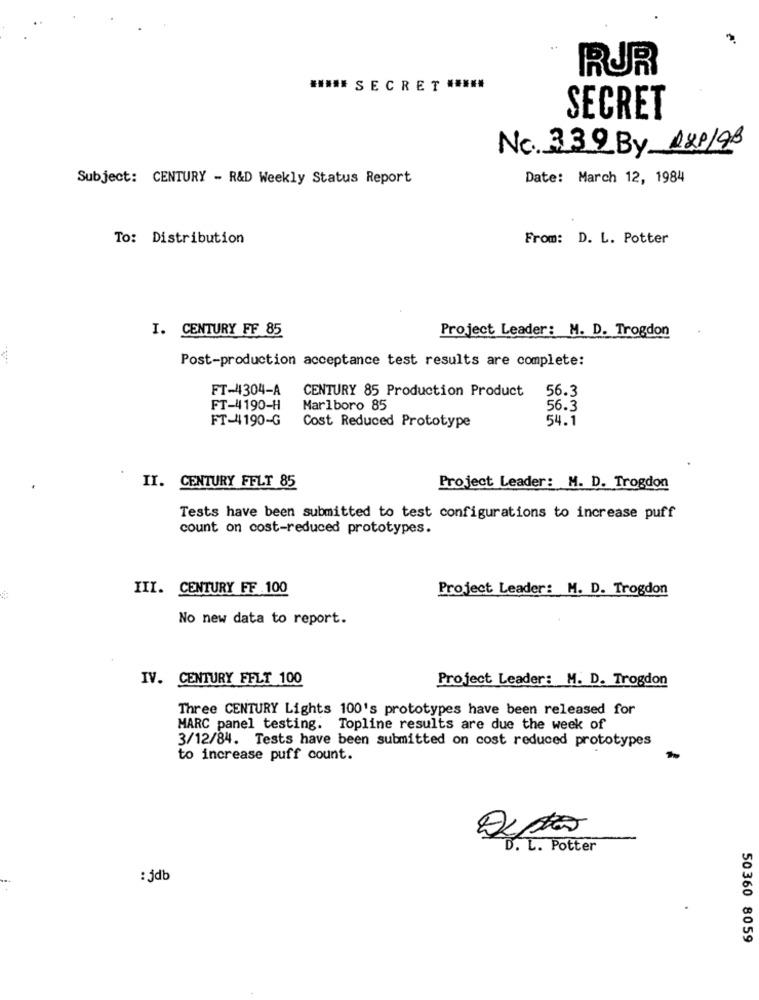
RUR
***** S E C R ET *****
SECRET
No. 339 By RXP/98
Subject: CENTURY - R&D Weekly Status Report
Date: March 12, 1984
To: Distribution
From: D. L. Potter
I. CENTURY FF 85
Project Leader: M. D. Trogdon
Post-production acceptance test results are complete:
FT-4304-A
CENTURY 85 Production Product
56.3
FT-4190-H
Marlboro 85
56.3
FT-4190-G
54.1
Cost Reduced Prototype
II. CENTURY FFLT 85
Project Leader: M. D. Trogdon
Tests have been submitted to test configurations to increase puff
count on cost-reduced prototypes.
III. CENTURY FF 100
Project Leader: M. D. Trogdon
No new data to report.
IV. CENTURY FFLT 100
Project Leader: M. D. Trogdon
Three CENTURY Lights 100's prototypes have been released for
MARC panel testing. Topline results are due the week of
3/12/84. Tests have been submitted on cost reduced prototypes
to increase puff count.
D. L. Potter
: jdb
50360 8059